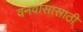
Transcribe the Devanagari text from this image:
वनवासासाठी